Source: Handwritten
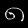
Digit: ၈ (8)